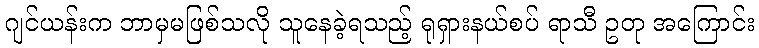
ဂျင်ယန်းက ဘာမှမဖြစ်သလို သူနေခဲ့ရသည့် ရုရှားနယ်စပ် ရာသီ ဥတု အကြောင်း